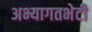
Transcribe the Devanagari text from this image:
अभ्यागतभेटी